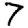
Digit: 7